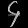
Digit: ၄